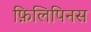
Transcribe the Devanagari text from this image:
फ़िलिपिनस